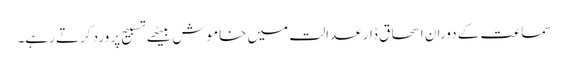
سماعت کے دوران اسحاق ڈار عدالت میں خاموش بیٹھے تسبیح پر ورد کرتے رہے۔